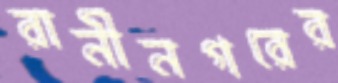
রানীনগরের